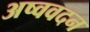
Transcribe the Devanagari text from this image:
अष्ववदन